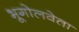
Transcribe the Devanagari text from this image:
भूगोलवेता